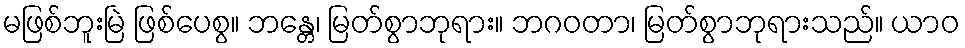
မဖြစ်ဘူးမြဲ ဖြစ်ပေစွ။ ဘန္တေ၊ မြတ်စွာဘုရား။ ဘဂဝတာ၊ မြတ်စွာဘုရားသည်။ ယာဝ